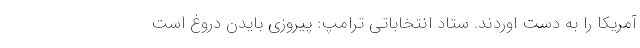
آمریکا را به دست اوردند. ستاد انتخاباتی ترامپ: پیروزی بایدن دروغ است